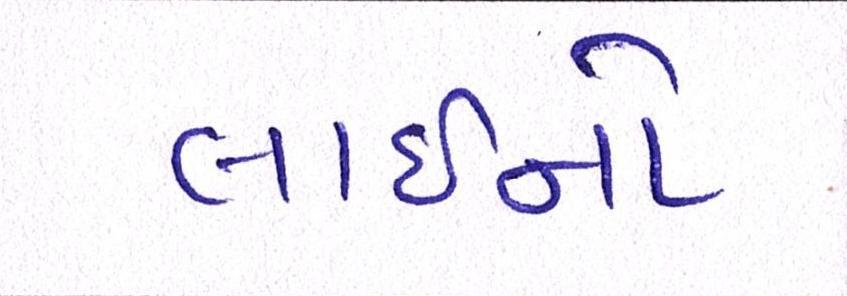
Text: લાઇનો